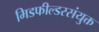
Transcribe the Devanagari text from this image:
मिडफील्डरसंयुक्त